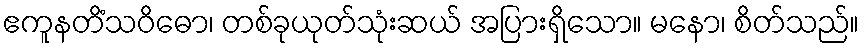
ဧကူနတိံသဝိဓော၊ တစ်ခုယုတ်သုံးဆယ် အပြားရှိသော။ မနော၊ စိတ်သည်။